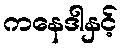
ကနေဒါနှင့်